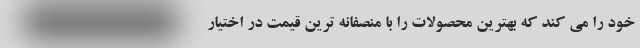
خود را می کند که بهترین محصولات را با منصفانه ترین قیمت در اختیار